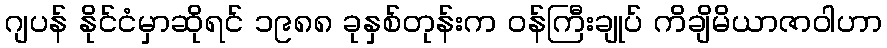
ဂျပန် နိုင်ငံမှာဆိုရင် ၁၉၈၈ ခုနှစ်တုန်းက ဝန်ကြီးချုပ် ကိချိမိယာဇာဝါဟာ